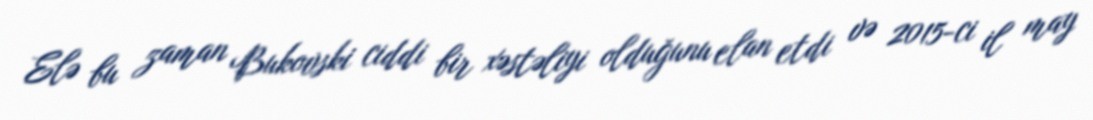
Elə bu zaman Bukovski ciddi bir xəstəliyi olduğunu elan etdi və 2015-ci il may